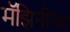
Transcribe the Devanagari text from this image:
मॅझिनीच्या